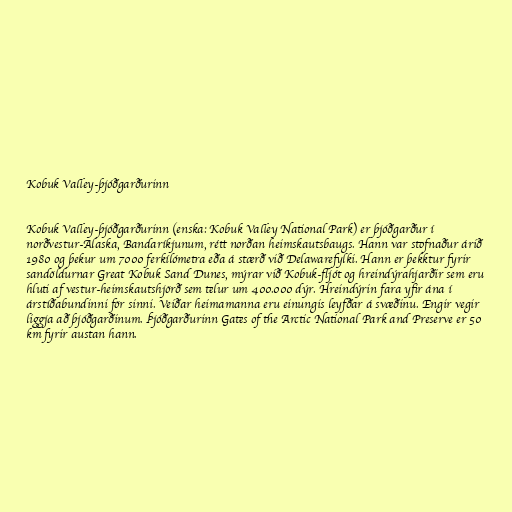
Kobuk Valley-þjóðgarðurinn

Kobuk Valley-þjóðgarðurinn (enska: Kobuk Valley National Park) er þjóðgarður í
norðvestur-Alaska, Bandaríkjunum, rétt norðan heimskautsbaugs. Hann var stofnaður árið
1980 og þekur um 7000 ferkílómetra eða á stærð við Delawarefylki. Hann er þekktur fyrir
sandöldurnar Great Kobuk Sand Dunes, mýrar við Kobuk-fljót og hreindýrahjarðir sem eru
hluti af vestur-heimskautshjörð sem telur um 400.000 dýr. Hreindýrin fara yfir ána í
árstíðabundinni för sinni. Veiðar heimamanna eru einungis leyfðar á svæðinu. Engir vegir
liggja að þjóðgarðinum. Þjóðgarðurinn Gates of the Arctic National Park and Preserve er 50
km fyrir austan hann.